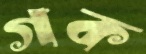
গক